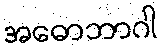
အဓောဘာဂါ